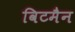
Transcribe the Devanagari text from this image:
विटमैन